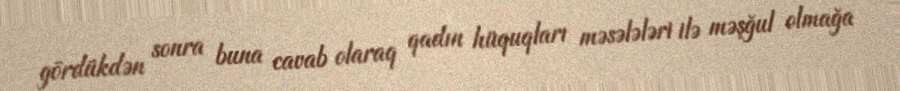
gördükdən sonra buna cavab olaraq qadın hüquqları məsələləri ilə məşğul olmağa